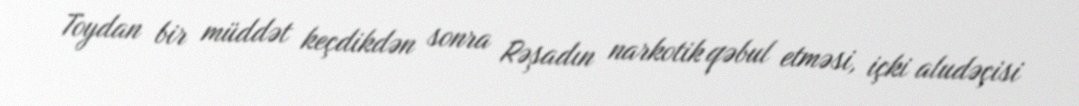
Toydan bir müddət keçdikdən sonra Rəşadın narkotik qəbul etməsi, içki aludəçisi